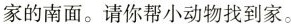
家的南面。请你帮小动物找到家。